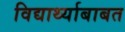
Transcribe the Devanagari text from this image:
विद्यार्थ्याबाबत